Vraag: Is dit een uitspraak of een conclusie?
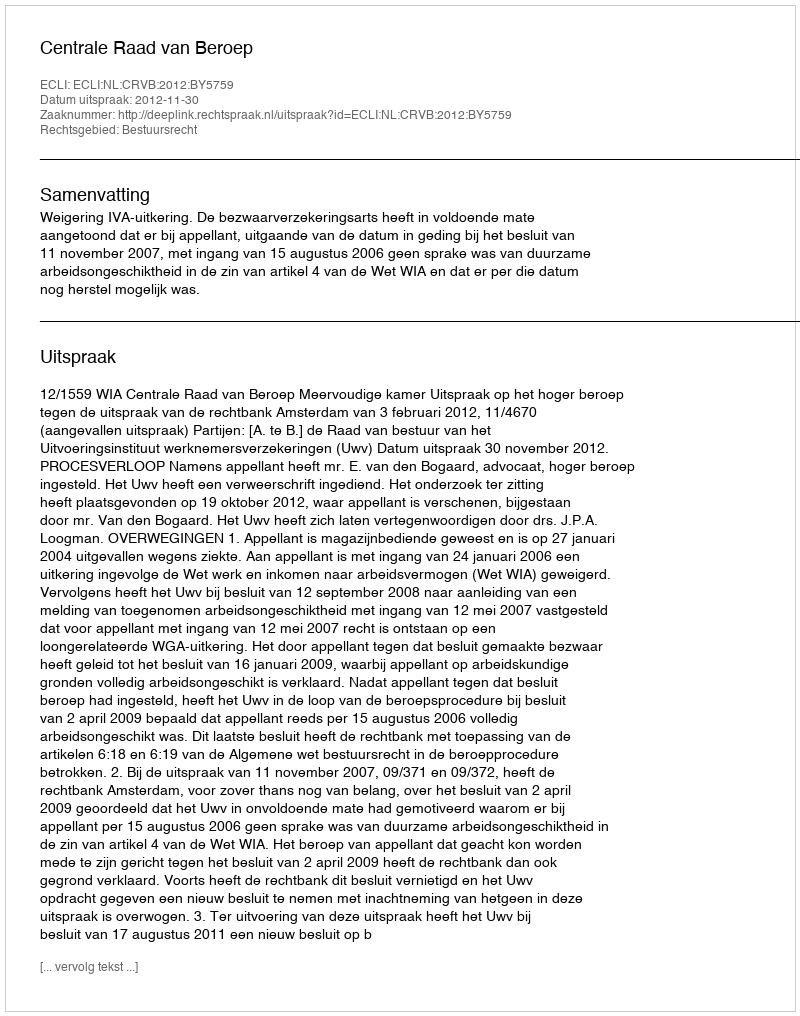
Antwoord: Uitspraak